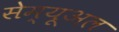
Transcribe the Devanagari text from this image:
सेम्यूअल